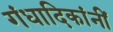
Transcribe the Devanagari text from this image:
गंधादिकांनीं